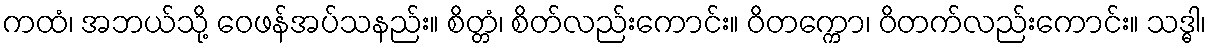
ကထံ၊ အဘယ်သို့ ဝေဖန်အပ်သနည်း။ စိတ္တံ၊ စိတ်လည်းကောင်း။ ဝိတက္ကော၊ ဝိတက်လည်းကောင်း။ သဒ္ဓါ၊